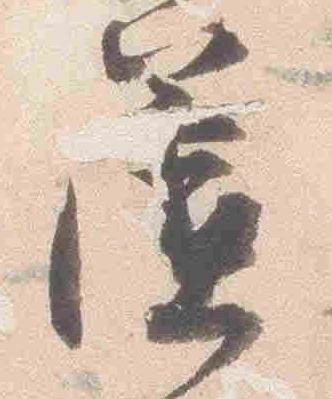
簾